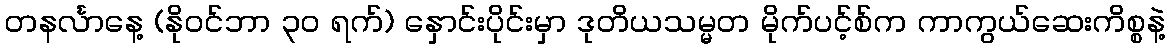
တနင်္လာနေ့ (နိုဝင်ဘာ ၃၀ ရက်) နှောင်းပိုင်းမှာ ဒုတိယသမ္မတ မိုက်ပင့်စ်က ကာကွယ်ဆေးကိစ္စနဲ့